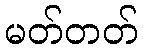
မတ်တတ်